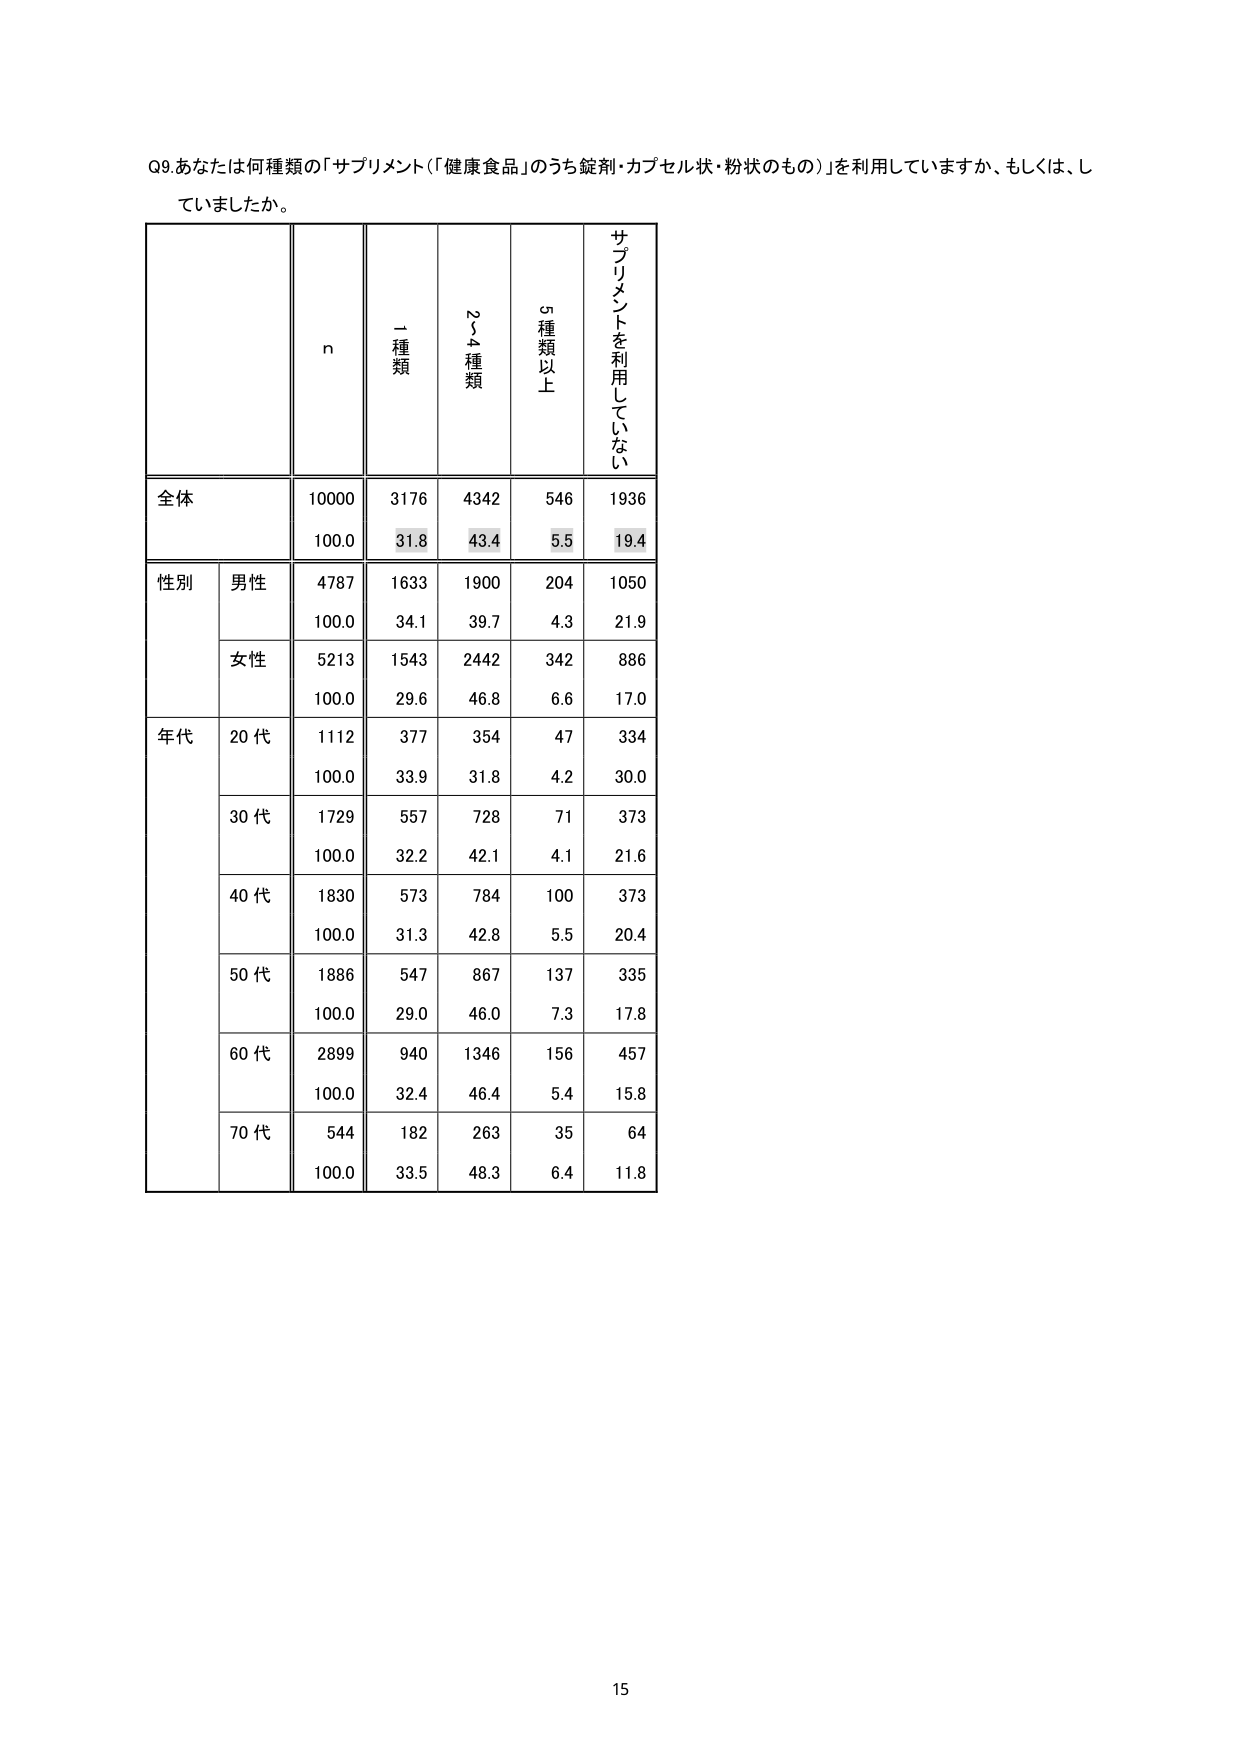
Q9. あなたは何種類の「サプリメント」（「健康食品」のうち錠剤・カプセル状・粉状のもの）を利用していますか、もしくは、していましたか。

n
1種類
2～4種類
5種類以上
サプリメントを利用していない

全体
10000
3176
4342
546
1936
100.0
31.8
43.4
5.5
19.4

性別
男性
4787
1633
1900
204
1050
100.0
34.1
39.7
4.3
21.9
女性
5213
1543
2442
342
886
100.0
29.6
46.8
6.6
17.0

年代
20代
1112
377
354
47
334
100.0
33.9
31.8
4.2
30.0
30代
1729
557
728
71
373
100.0
32.2
42.1
4.1
21.6
40代
1830
573
784
100
373
100.0
31.3
42.8
5.5
20.4
50代
1886
547
867
137
335
100.0
29.0
46.0
7.3
17.8
60代
2899
940
1346
156
457
100.0
32.4
46.4
5.4
15.8
70代
544
182
263
35
64
100.0
33.5
48.3
6.4
11.8

15